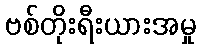
ဗစ်တိုးရီးယားအမှု